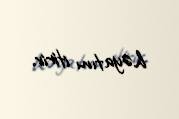
həyatını itirir.